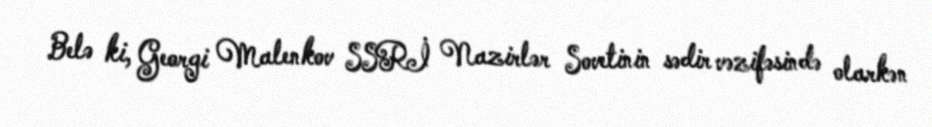
Belə ki, Georgi Malenkov SSRİ Nazirlər Sovetinin sədir vəzifəsində olarkən